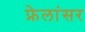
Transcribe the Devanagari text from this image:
फ्रेलांसर